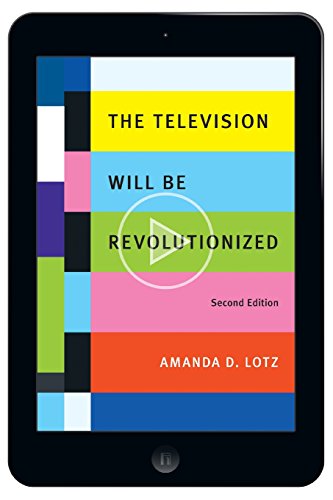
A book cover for The Television Will Be Revolutionized, Second Edition; Amanda D. Lotz; Humor & Entertainment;